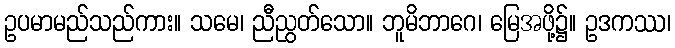
ဥပမာမည်သည်ကား။ သမေ၊ ညီညွတ်သော။ ဘူမိဘာဂေ၊ မြေအဖို့၌။ ဥဒကဿ၊